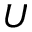
U